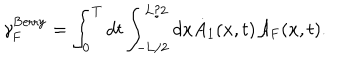
LaTeX: { \gamma } _ { \mathrm { F } } ^ { \mathrm { B e r r y } } = \int _ { 0 } ^ { T } d t \int _ { - \mathrm { L } / 2 } ^ { \mathrm { L } / 2 } d x \dot { A } _ { 1 } ( x , t ) { \cal A } _ { \mathrm { F } } ( x , t ) .